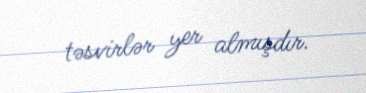
təsvirlər yer almışdır.